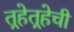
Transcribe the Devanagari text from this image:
तर्‍हेतर्‍हेची